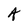
Character: A